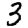
Digit: 3